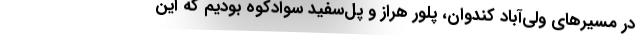
در مسیرهای ولی‌آباد کندوان، پلور هراز و پل‌سفید سوادکوه بودیم که این